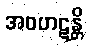
အဝဟဋန္တိ